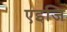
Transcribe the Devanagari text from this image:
एइजि